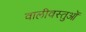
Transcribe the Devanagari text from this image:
वालीवस्तुओं